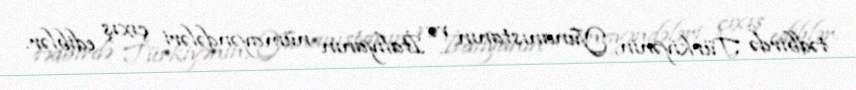
tədbirdə Türkiyənin, Yunanıstanın və İtaliyanın nümayəndələri çıxış ediblər.